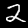
Label: 2